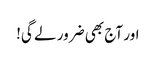
اور آج بھی ضرور لے گی!